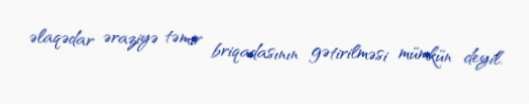
əlaqədar əraziyə təmir briqadasının gətirilməsi mümkün deyil.